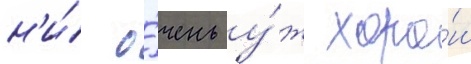
н'и́ о́чень у́ж хоро́ш